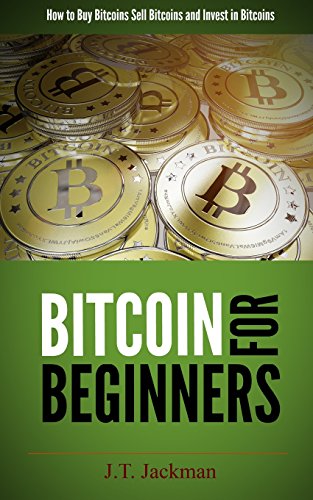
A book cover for Bitcoin for Beginners: How to Buy Bitcoins, Sell Bitcoins, and Invest in Bitcoins; J. T. Jackman; Computers & Technology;